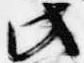
此